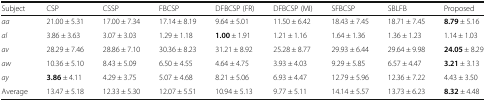
<table><thead><tr><td><b>Subject</b></td><td><b>CSP</b></td><td><b>CSSP</b></td><td><b>FBCSP</b></td><td><b>DFBCSP (FR)</b></td><td><b>DFBCSP (MI)</b></td><td><b>SFBCSP</b></td><td><b>SBLFB</b></td><td><b>Proposed</b></td></tr></thead><tbody><tr><td><i>aa</i></td><td>21.00 ± 5.31</td><td>17.00 ± 7.34</td><td>17.14 ± 8.19</td><td>9.64 ± 5.01</td><td>11.50 ± 6.42</td><td>18.43 ± 7.45</td><td>18.71 ± 7.45</td><td><b>8.79</b> ± 5.16</td></tr><tr><td><i>al</i></td><td>3.86 ± 3.63</td><td>3.07 ± 3.03</td><td>1.29 ± 1.18</td><td><b>1.00</b> ± 1.91</td><td>1.21 ± 1.16</td><td>1.64 ± 1.36</td><td>1.36 ± 1.23</td><td>1.14 ± 1.03</td></tr><tr><td><i>av</i></td><td>28.29 ± 7.46</td><td>28.86 ± 7.10</td><td>30.36 ± 8.23</td><td>31.21 ± 8.92</td><td>25.28 ± 8.77</td><td>29.93 ± 6.44</td><td>29.64 ± 9.98</td><td><b>24.05</b> ± 8.29</td></tr><tr><td><i>aw</i></td><td>10.36 ± 5.10</td><td>8.43 ± 5.09</td><td>6.50 ± 4.55</td><td>4.64 ± 4.75</td><td>3.93 ± 4.03</td><td>9.29 ± 5.85</td><td>6.57 ± 4.47</td><td><b>3.21</b> ± 3.13</td></tr><tr><td><i>ay</i></td><td><b>3.86</b> ± 4.11</td><td>4.29 ± 3.75</td><td>5.07 ± 4.68</td><td>8.21 ± 5.06</td><td>6.93 ± 4.47</td><td>12.79 ± 5.96</td><td>12.36 ± 7.22</td><td>4.43 ± 3.50</td></tr><tr><td>Average</td><td>13.47 ± 5.18</td><td>12.33 ± 5.30</td><td>12.07 ± 5.51</td><td>10.94 ± 5.13</td><td>9.77 ± 5.11</td><td>14.14 ± 5.57</td><td>13.73 ± 6.23</td><td><b>8.32</b> ± 4.48</td></tr></tbody></table>